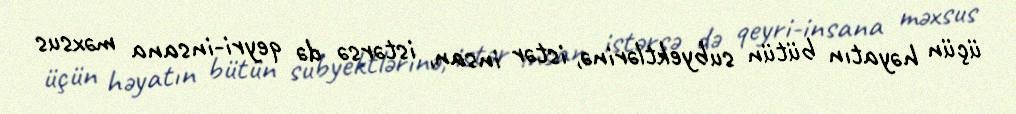
üçün həyatın bütün subyektlərinə, istər insan, istərsə də qeyri-insana məxsus